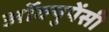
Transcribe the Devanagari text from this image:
अॉक्युपेंसी